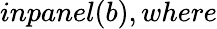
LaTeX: inpanel(b),where